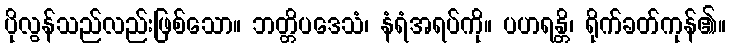
ပိုလွန်သည်လည်းဖြစ်သော။ ဘတ္တိပဒေသံ၊ နံရံအရပ်ကို။ ပဟရန္တိ၊ ရိုက်ခတ်ကုန်၏။